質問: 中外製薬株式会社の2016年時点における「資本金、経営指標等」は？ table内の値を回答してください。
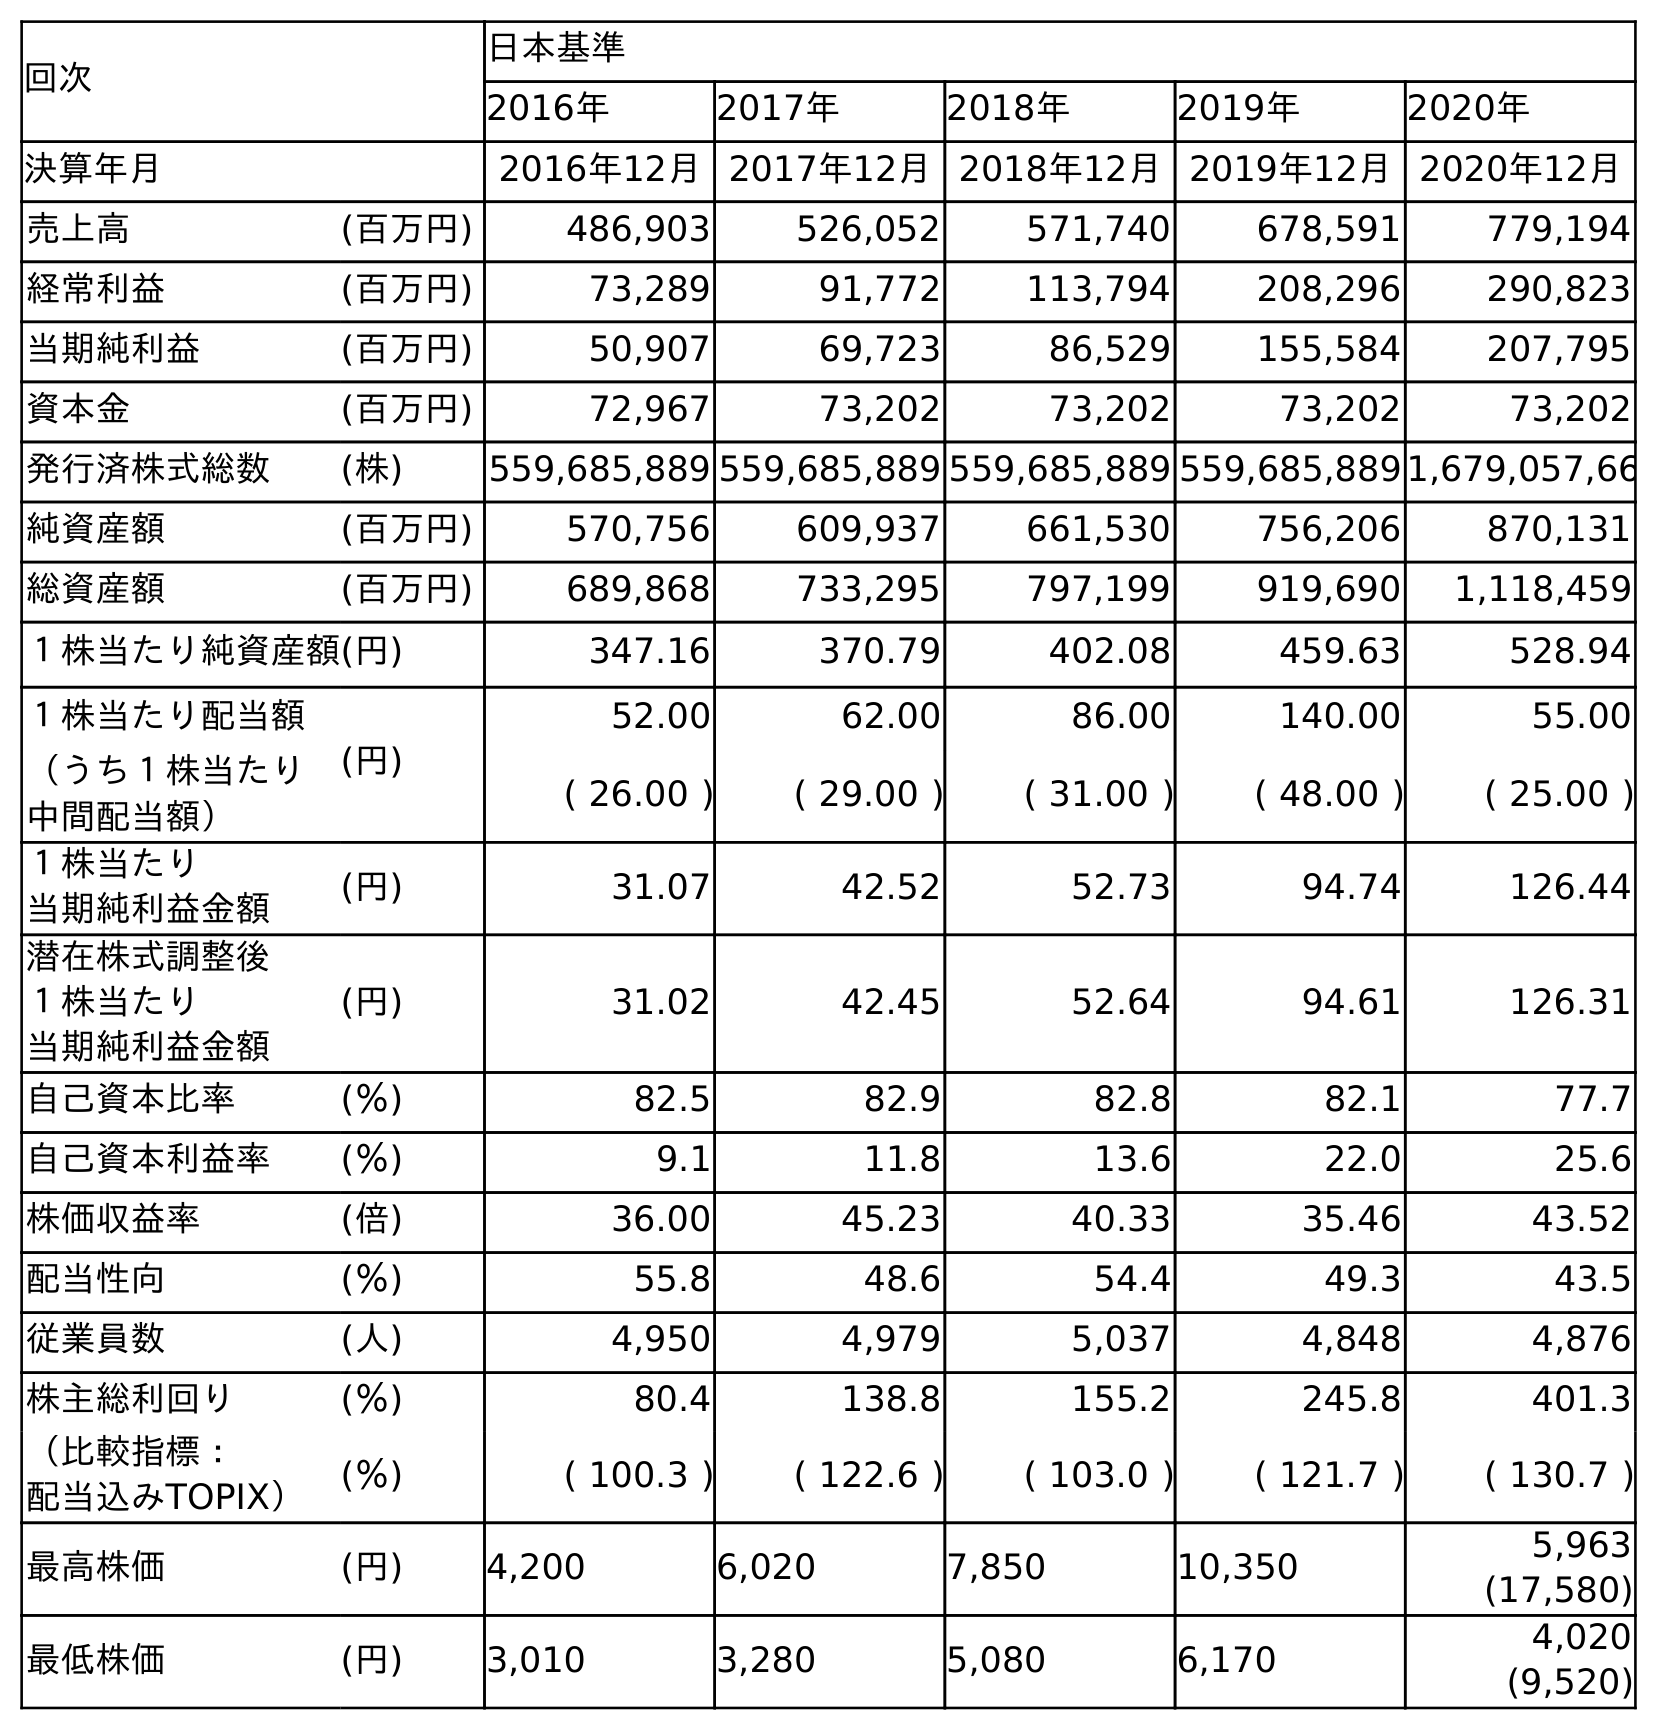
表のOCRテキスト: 回次 日本基準 2016年 2017年 2018年 2019年 2020年 決算年月 2016年12月2017年12月2018年12月2019年12月2020年12月 売上高 (百万円) 486,903 526,052 571,740 678,591 779,194 経常利益 (百万円) 73,289 91,772 113,794 208,296 290,823 当期純利益 (百万円) 50,907 69,723 86,529 155,584 207,795 資本金 (百万円) 72,967 73,202 73,202 73,202 73,202 発行済株式総数 (株) 559,685,889 559,685,889 559,685,889 559,685,8891,679,057,66 純資産額 (百万円) 570,756 609,937 661,530 756,206 870,131 総資産額 (百万円) 689,868 733,295 797,199 919,690 1,118,459 １株当たり純資産額(円) 347.16 370.79 402.08 459.63 528.94 １株当たり配当額 (円) 52.00 62.00 86.00 140.00 55.00 （うち１株当たり 中間配当額） ( 26.00 ) ( 29.00 ) ( 31.00 ) ( 48.00 ) ( 25.00 ) １株当たり 当期純利益金額 (円) 31.07 42.52 52.73 94.74 126.44 潜在株式調整後 １株当たり 当期純利益金額 (円) 31.02 42.45 52.64 94.61 126.31 自己資本比率 (％) 82.5 82.9 82.8 82.1 77.7 自己資本利益率 (％) 9.1 11.8 13.6 22.0 25.6 株価収益率 (倍) 36.00 45.23 40.33 35.46 43.52 配当性向 (％) 55.8 48.6 54.4 49.3 43.5 従業員数 (人) 4,950 4,979 5,037 4,848 4,876 株主総利回り (％) 80.4 138.8 155.2 245.8 401.3 （比較指標： 配当込みTOPIX） (％) ( 100.3 ) ( 122.6 ) ( 103.0 ) ( 121.7 ) ( 130.7 ) 最高株価 (円) 4,200 6,020 7,850 10,350 5,963 (17,580) 最低株価 (円) 3,010 3,280 5,080 6,170 4,020 (9,520)
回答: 72,967